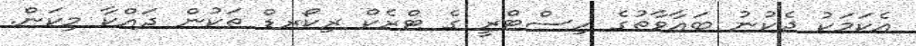
އެކަމަކު ދެކުނު ބައާވާތުގެ ހިސްޓްރީ ގެ ޓްރެކް ރިކޯރޑް ތަކުން ދައްކާ މިކަން.